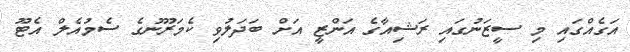
އަގެއްގައި މި ސީޒަނުގައި ރަޝިއާގެ އަންޒީ އަށް ބަދަލުވި ކެމަރޫނުގެ ސެމުއެލް އެޓޫ